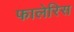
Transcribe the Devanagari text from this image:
फालेरिस